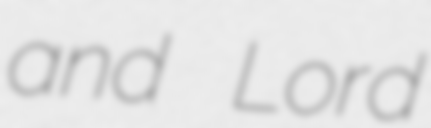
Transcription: and Lord